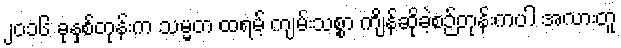
၂၀၁၆ ခုနှစ်တုန်းက သမ္မတ ထရမ့် ကျမ်းသစ္စာ ကျိန်ဆိုခဲ့စဉ်တုန်းကပါ အလားတူ